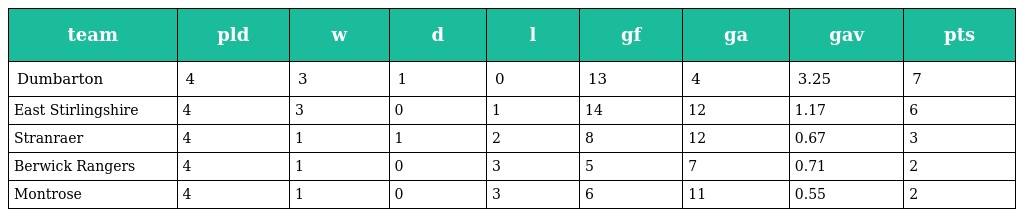
| team | pld | w | d | l | gf | ga | gav | pts |
 | --- | --- | --- | --- | --- | --- | --- | --- | --- |
 | Dumbarton | 4 | 3 | 1 | 0 | 13 | 4 | 3.25 | 7 |
 | East Stirlingshire | 4 | 3 | 0 | 1 | 14 | 12 | 1.17 | 6 |
 | Stranraer | 4 | 1 | 1 | 2 | 8 | 12 | 0.67 | 3 |
 | Berwick Rangers | 4 | 1 | 0 | 3 | 5 | 7 | 0.71 | 2 |
 | Montrose | 4 | 1 | 0 | 3 | 6 | 11 | 0.55 | 2 |